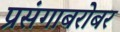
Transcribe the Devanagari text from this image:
प्रसंगाबरोबर